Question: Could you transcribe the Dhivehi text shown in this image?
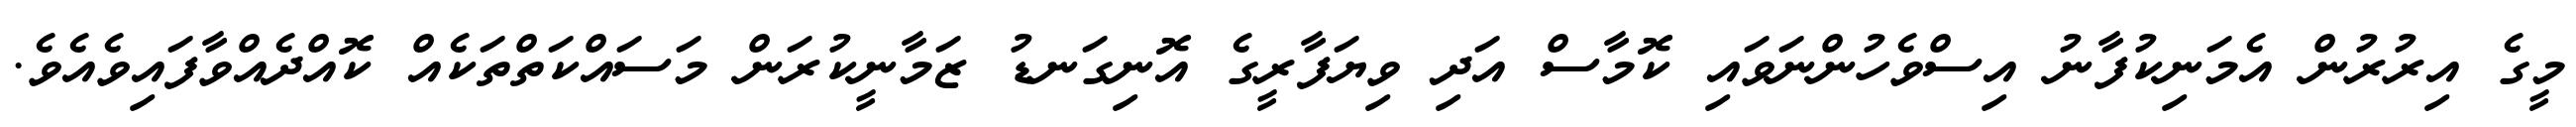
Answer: މީގެ އިރުރުން އެމަނިކުފާނު އިސްވެހުންނަވައި ކޮމާސް އަދި ވިޔަފާރީގެ އޮނިގަނޑު ޒަމާނީކުރަން މަސައްކަތްތަކެއް ކޮއްދެއްވާފައިވެއެވެ.